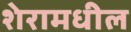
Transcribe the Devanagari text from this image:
शेरामधील